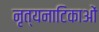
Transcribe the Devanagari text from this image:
नृत्यनाटिकाओं